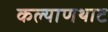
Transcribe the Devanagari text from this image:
कल्याणथाट